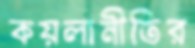
কয়লানীতির